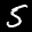
Label: 5